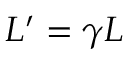
L ^ { \prime } = \gamma L